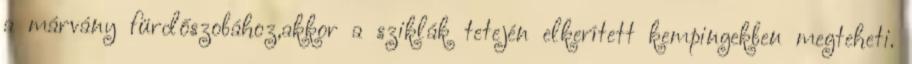
a márvány fürdőszobához,akkor a sziklák tetején elkerített kempingekben megteheti.